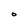
Character: O